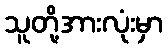
သူတို့အားလုံးမှာ